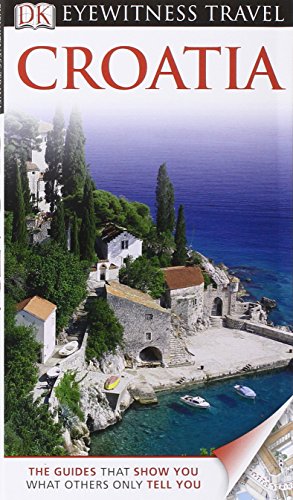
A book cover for DK Eyewitness Travel Guide: Croatia; Leandro Zoppe; Travel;